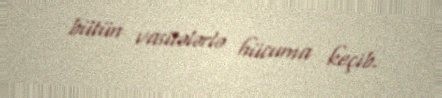
bütün vasitələrlə hücuma keçib.